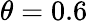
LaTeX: \theta=0.6